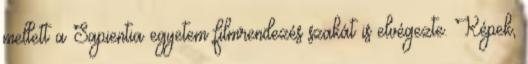
mellett a Sapientia egyetem filmrendezés szakát is elvégezte. Képek,